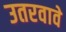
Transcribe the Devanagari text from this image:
उतरवावे